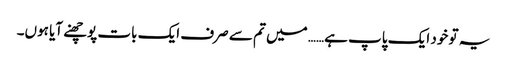
یہ تو خود ایک پاپ ہے…… میں تم سے صرف ایک بات پوچھنے آیا ہوں۔